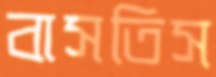
বাসতিস